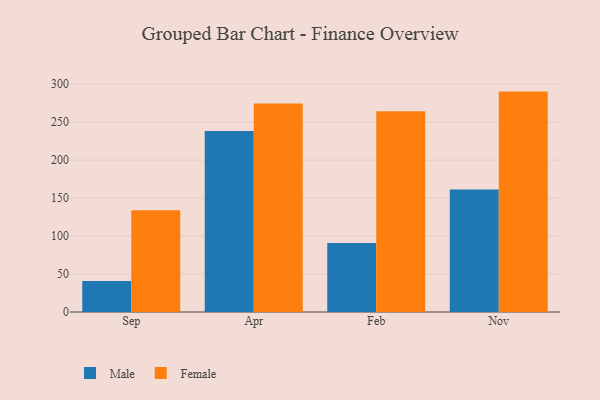
{"axis": {"x": "Month", "y": "LTV (USD)"}, "legend": ["Female", "Male"], "data": [{"x": "Sep", "y": 40.7, "type": "Male"}, {"x": "Sep", "y": 134.0, "type": "Female"}, {"x": "Apr", "y": 238.2, "type": "Male"}, {"x": "Apr", "y": 274.5, "type": "Female"}, {"x": "Feb", "y": 90.8, "type": "Male"}, {"x": "Feb", "y": 264.3, "type": "Female"}, {"x": "Nov", "y": 161.4, "type": "Male"}, {"x": "Nov", "y": 290.2, "type": "Female"}]}